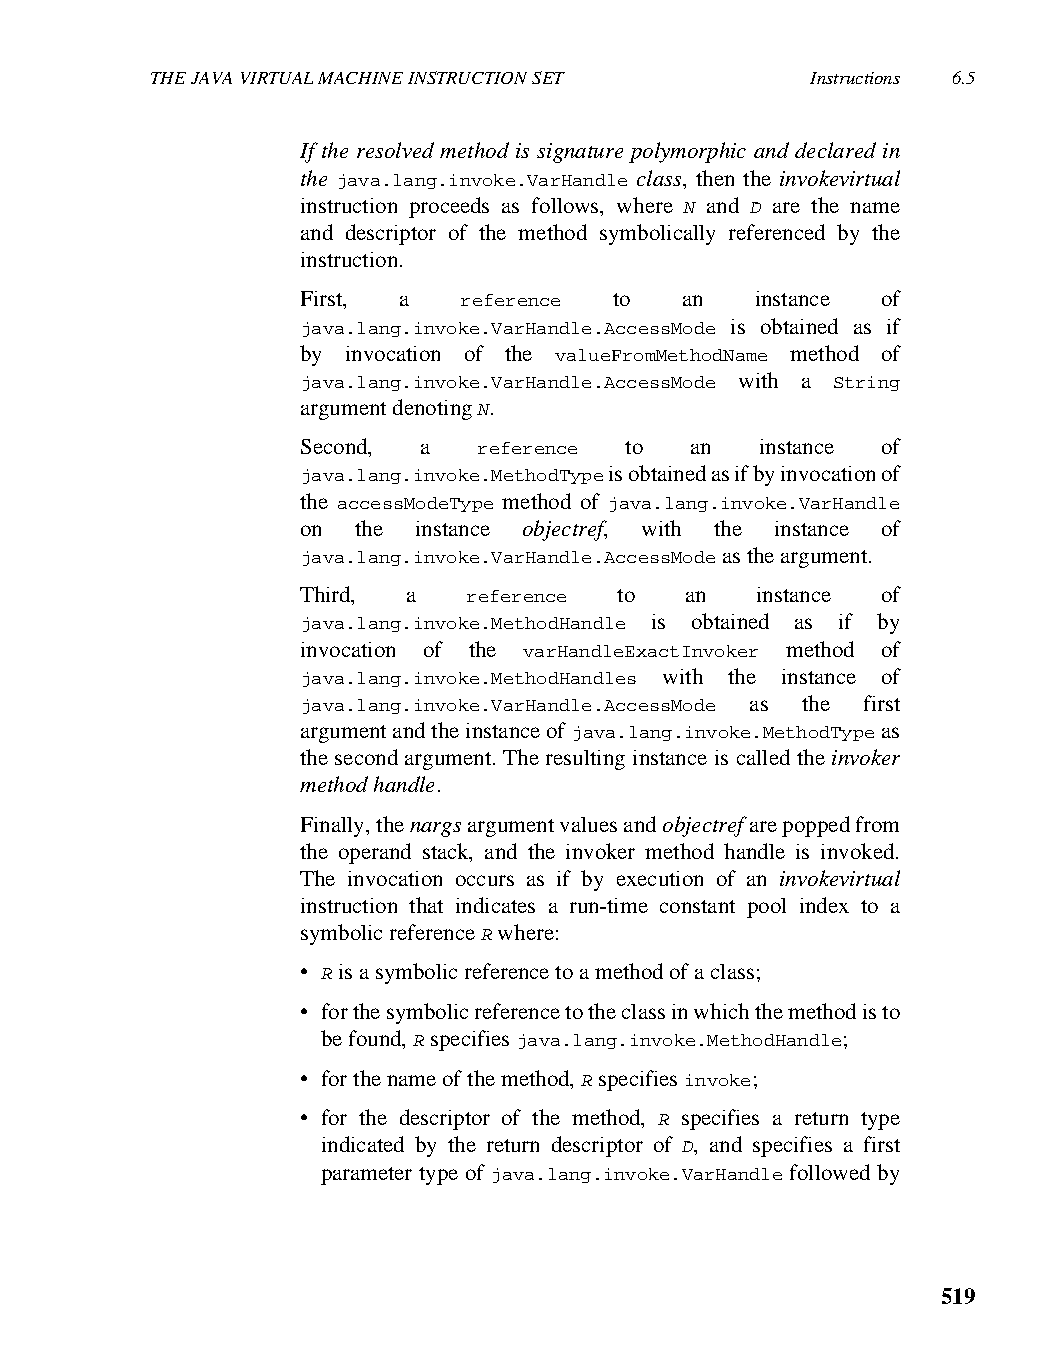
THE JAVA VIRTUAL MACHINE INSTRUCTION SET    Instructions 6.5
 If the resolved method is signature polymorphic and declared in
 the java.lang.invoke.VarHandle class, then the invokevirtual
 instruction proceeds as follows, where N and D are the name
 and descriptor of the method symbolically referenced by the
 instruction.
 First, a  reference  to  an   instance of
 java.lang.invoke.VarHandle.AccessMode is obtained as if
 by invocation of the valueFromMethodName method of
 java.lang.invoke.VarHandle.AccessMode with a String
 argument denoting N.
 Second, a   reference to  an  instance of
 java.lang.invoke.MethodType is obtained as if by invocation of
 the accessModeType method of java.lang.invoke.VarHandle
 on the instance objectref, with the instance of
 java.lang.invoke.VarHandle.AccessMode as the argument.
 Third, a   reference to  an   instance of
 java.lang.invoke.MethodHandle is obtained as if by
 invocation of the varHandleExactInvoker method of
 java.lang.invoke.MethodHandles with the instance of
 java.lang.invoke.VarHandle.AccessMode as the first
 argument and the instance of java.lang.invoke.MethodType as
 the second argument. The resulting instance is called the invoker
 method handle.
 Finally, the nargs argument values and objectref are popped from
 the operand stack, and the invoker method handle is invoked.
 The invocation occurs as if by execution of an invokevirtual
 instruction that indicates a run-time constant pool index to a
 symbolic reference R where:
 • R is a symbolic reference to a method of a class;
 • for the symbolic reference to the class in which the method is to
 be found, R specifies java.lang.invoke.MethodHandle;
 • for the name of the method, R specifies invoke;
 • for the descriptor of the method, R specifies a return type
 indicated by the return descriptor of D, and specifies a first
 parameter type of java.lang.invoke.VarHandle followed by
 519